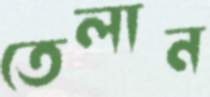
তেলান